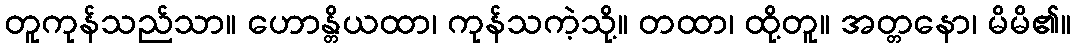
တူကုန်သည်သာ။ ဟောန္တိယထာ၊ ကုန်သကဲ့သို့။ တထာ၊ ထို့တူ။ အတ္တနော၊ မိမိ၏။